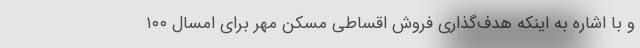
و با اشاره به اینکه هدف‌گذاری فروش اقساطی مسکن مهر برای امسال ۱۰۰